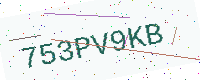
Text: 753PV9KB